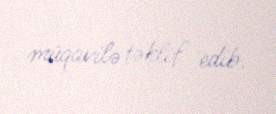
müqavilə təklif edib.